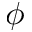
\phi